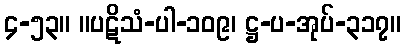
၄-၅၃။ ။ပဋိသံ-ပါ-၁၀၉၊ ဋ္ဌ-ပ-အုပ်-၃၁၇။